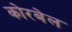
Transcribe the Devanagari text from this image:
कोरबेल